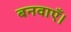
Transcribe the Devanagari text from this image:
बनवाएँ।